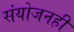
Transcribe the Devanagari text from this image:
संयोजनही